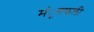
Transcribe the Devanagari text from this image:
मंूगफली